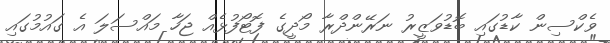
ވެކްސިން ކާޑުގައި ބޮޑުވަޒީރު ނަރޭންދްރާ މޯދީގެ ފޮޓޯފުޅެއް ޖަހާ މައްސަލަ އެ ގައުމުގައި